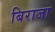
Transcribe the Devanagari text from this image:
बिराजा